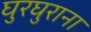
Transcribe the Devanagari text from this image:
घुरघुराना